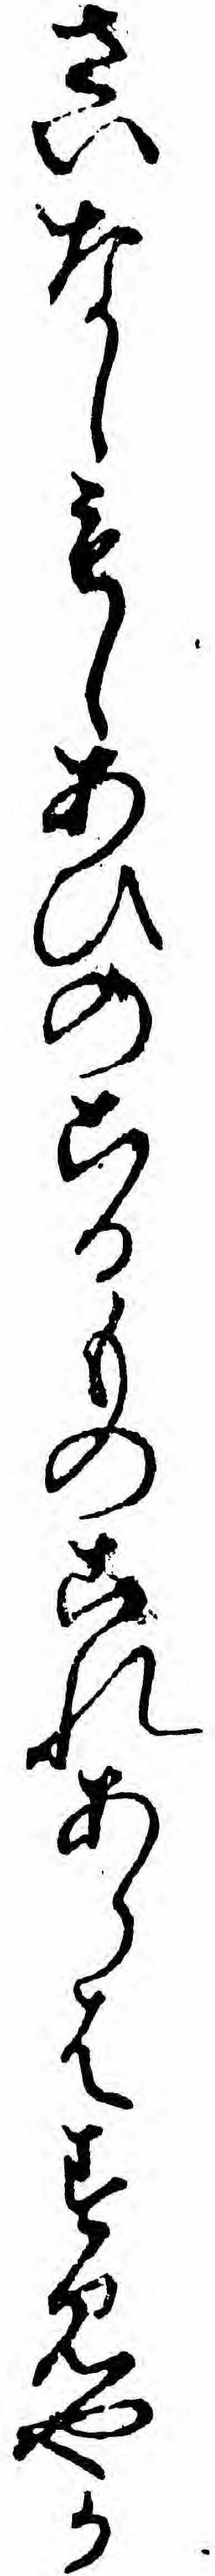
さいなしもしあひのこるものこれあらはすみやか